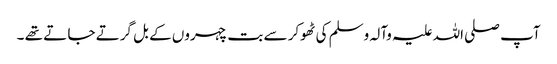
آپ صلی اللہ علیہ وآلہ وسلم کی ٹھوکر سے بت چہروں کے بل گرتے جا تے تھے ۔